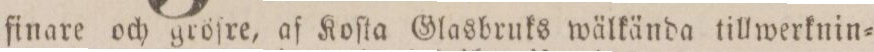
finare och gröſre, af Koſta Glasbruks wälkända tillwerknin=